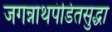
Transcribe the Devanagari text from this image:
जगन्नाथपंडितसुद्धा